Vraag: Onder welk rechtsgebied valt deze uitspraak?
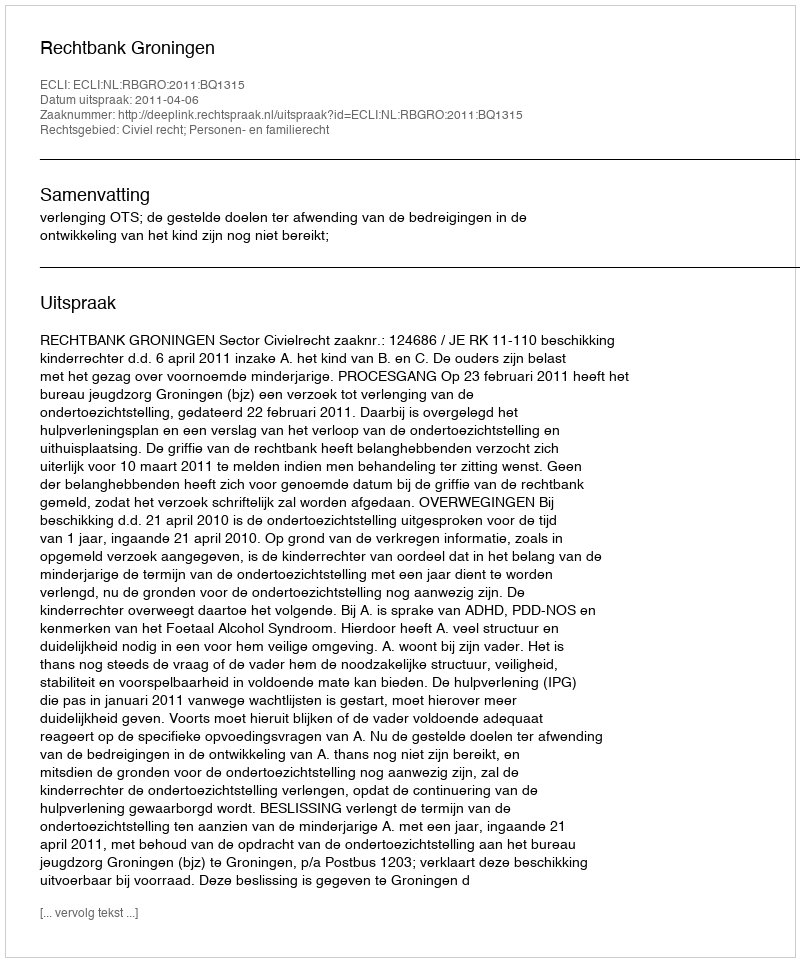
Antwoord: Civiel recht; Personen- en familierecht